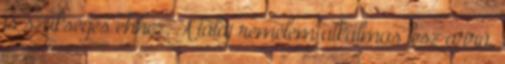
is szükséges ehhez. A talaj remélem alkalmas lesz arra,